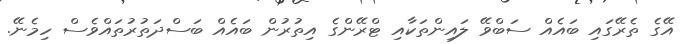
އޭގެ ތެރޭގައި ބައެއް ސަބްވޭ ލައިންތަކާއި ޓްރޭންގެ އިތުރުން ބައެއް ބަސްދަތުރުތައްވެސް ހިމެނޭ.